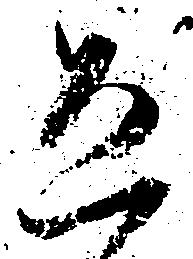
恐